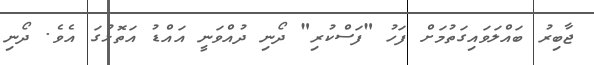
ޖާބިރު ބައްލަވައިގަތުމަށް ފަހު "ފަސްކުރި" ދޯނި ދުއްވަނީ އައްޑު އަތޮޅުގަ އެވެ. ދޯނި